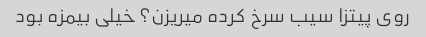
روی پیتزا سیب سرخ کرده میریزن؟ خیلی بیمزه بود